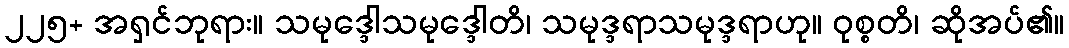
၂၂၅+ အရှင်ဘုရား။ သမုဒ္ဒေါသမုဒ္ဒေါတိ၊ သမုဒ္ဒရာသမုဒ္ဒရာဟု။ ဝုစ္စတိ၊ ဆိုအပ်၏။